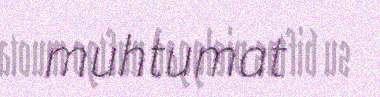
muhtumat